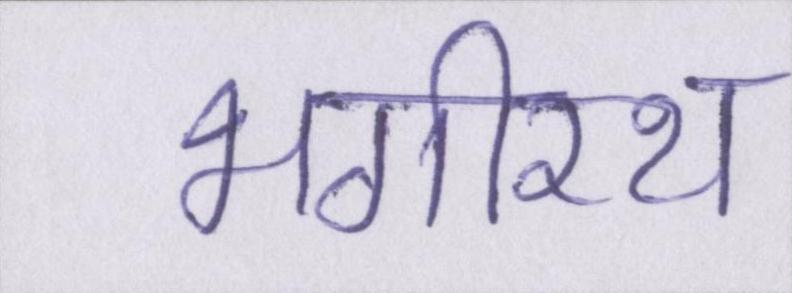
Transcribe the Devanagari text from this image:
भगीरथ